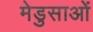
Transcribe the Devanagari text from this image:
मेडुसाओं